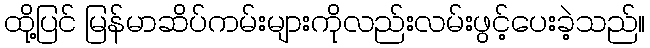
ထို့ပြင် မြန်မာဆိပ်ကမ်းများကိုလည်းလမ်းဖွင့်ပေးခဲ့သည်။